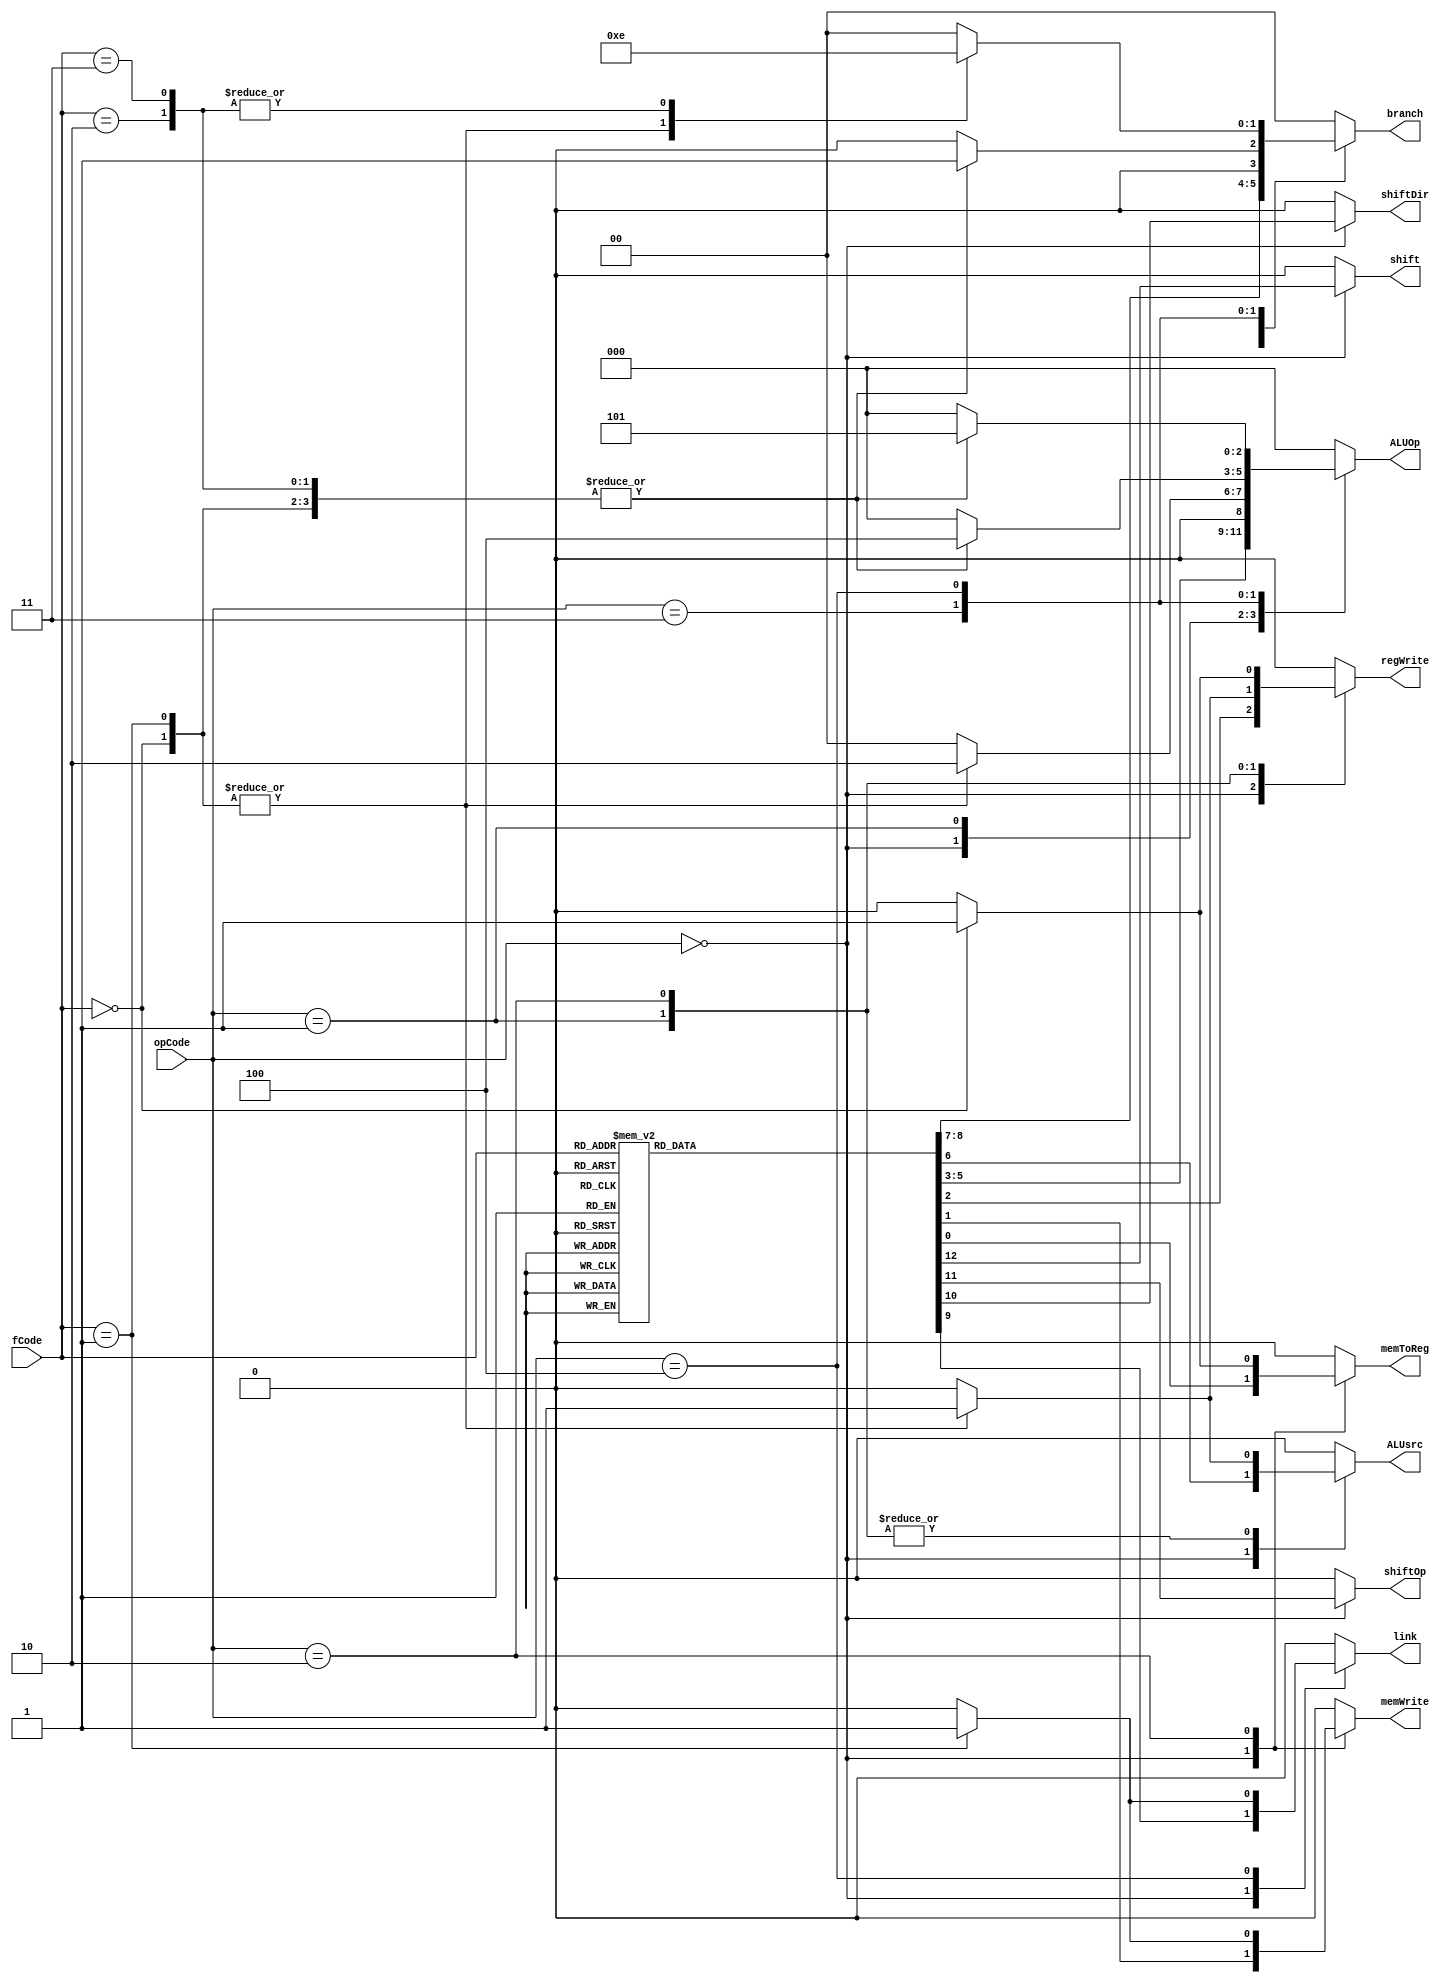
`timescale 1ns / 1ps
//////////////////////////////////////////////////////////////////////////////////
// Company: 
// Engineer: 
// 
// Design Name: 
// Module Name:    ControllerUnit 
// Project Name: 
// Target Devices: 
// Tool versions: 
// Description: 
//
// Dependencies: 
//
// Revision: 
// Revision 0.01 - File Created
// Additional Comments: 
//
//////////////////////////////////////////////////////////////////////////////////

// Control Unit
module ControllerUnit(
    input [3:0] opCode,
    input [3:0] fCode,

    output reg memToReg,
    output reg memWrite,
    output reg regWrite,

    output reg [2:0] ALUOp,
    output reg ALUsrc,

    output reg [1:0] branch ,
    output reg link,
    output reg shiftDir,
    output reg shiftOp,
    output reg shift 
    );

	always @(*)
	begin
		case(opCode)
			4'b0000:	// R - format Instructions
         begin
				case(fCode)
					4'b0000:	// XOR 
						begin 
							  memToReg <= 1'b0;
							  memWrite <= 1'b0;
							  regWrite <= 1'b1;
							  ALUOp <= 3'b001;
							  ALUsrc <= 1'b0;
							  branch <= 2'b00;
							  link <= 1'b0;
							  shiftDir <= 1'b0;
							  shiftOp <= 1'b0;
							  shift <= 1'b0;
						 end
					4'b0001:	// AND
						begin 
							  memToReg <= 1'b0;
							  memWrite <= 1'b0;
							  regWrite <= 1'b1;
							  ALUOp <= 3'b001;
							  ALUsrc <= 1'b0;
							  branch <= 2'b00;
							  link <= 1'b0;
							  shiftDir <= 1'b0;
							  shiftOp <= 1'b0;
							  shift <= 1'b0;
						 end
					4'b0010: // add
						 begin 
							  memToReg <= 1'b0;
							  memWrite <= 1'b0;
							  regWrite  <= 1'b1;
							  ALUOp <= 3'b001;
							  ALUsrc <= 1'b0;
							  branch <= 2'b00;
							  link <= 1'b0;
							  shiftDir <= 1'b0;
							  shiftOp <= 1'b0;
							  shift <= 1'b0;
						 end      
					4'b0011: // comp
						 begin 
							  memToReg <= 1'b0;
							  memWrite <= 1'b0;
							  regWrite <= 1'b1;
							  ALUOp <= 3'b001;
							  ALUsrc <= 1'b0;
							  branch <= 2'b00;
							  link <= 1'b0;
							  shiftDir <= 1'b0;
							  shiftOp <= 1'b0;
							  shift <= 1'b0;
						 end
					4'b0100:    // shll
						 begin 
							  memToReg <= 1'b0;
							  memWrite <= 1'b0;
							  regWrite <= 1'b1;
							  ALUOp <= 3'b011;
							  ALUsrc <= 1'b0;
							  branch <= 2'b00;
							  link <= 1'b0;
							  shiftDir <= 1'b0;
							  shiftOp <= 1'b0;
							  shift <= 1'b1;
						 end
					4'b0101:    // shrl
						begin 
							  memToReg <= 1'b0;
							  memWrite <= 1'b0;
							  regWrite <= 1'b1;
							  ALUOp <= 3'b011;
							  ALUsrc <= 1'b0;
							  branch <= 2'b00;
							  link <= 1'b0;
							  shiftDir <= 1'b1;
							  shiftOp <= 1'b0;
							  shift <= 1'b1;
						 end
					4'b0110:    // shra 
						begin 
							  memToReg <= 1'b0;
							  memWrite <= 1'b0;
							  regWrite  <= 1'b1;
							  ALUOp <= 3'b011;
							  ALUsrc <= 1'b0;
							  branch <= 2'b00;
							  link <= 1'b0;
							  shiftDir <= 1'b1;
							  shiftOp <= 1'b1;
							  shift <= 1'b1;
						 end
					4'b0111: //shllv
						 begin 
							  memToReg <= 1'b0;
							  memWrite <= 1'b0;
							  regWrite <= 1'b1;
							  ALUOp <= 3'b011;
							  ALUsrc <= 1'b0;
							  branch <= 2'b00;
							  link <= 1'b0;
							  shiftDir <= 1'b0;
							  shiftOp <= 1'b0;
							  shift <= 1'b1;
						 end
					4'b1000: // shrlv
						 begin 
							  memToReg <= 1'b0;
							  memWrite <= 1'b0;
							  regWrite <= 1'b1;
							  ALUOp <= 3'b011;
							  ALUsrc <= 1'b0;
							  branch <= 2'b00;
							  link <= 1'b0;
							  shiftDir <= 1'b1;
							  shiftOp <= 1'b0;
							  shift <= 1'b1;
						 end
					4'b1001: // shrav
						 begin 
							  memToReg <= 1'b0;
							  memWrite <= 1'b0;
							  regWrite <= 1'b1;
							  ALUOp <= 3'b011;
							  ALUsrc <= 1'b0;
							  branch <= 2'b00;
							  link <= 1'b0;
							  shiftDir <=1'b1;
							  shiftOp <= 1'b1;
							  shift <= 1'b1;
						 end
					default:   
						 begin 
							  memToReg <= 1'b0;
							  memWrite <= 1'b0;
							  regWrite <= 1'b0;
							  ALUOp <= 3'b000;
							  ALUsrc <= 1'b0;
							  branch <= 2'b00;
							  link <= 1'b0;
							  shiftDir <= 1'b0;
							  shiftOp <= 1'b0; 
							  shift <= 1'b0;
						 end
			   endcase
		   end
                
			4'b0001: // immediate
			begin
				case(fCode) 
					4'b0000:   // addi
						begin 
							memToReg <= 1'b0;
							memWrite <= 1'b0;
							regWrite <= 1'b1;
							ALUOp <= 3'b010;
							ALUsrc <= 1'b1;
							branch <= 2'b00;
							link <= 1'b0;
							shiftDir <= 1'b0;
							shiftOp <= 1'b0;
							shift <= 1'b0;
                        end
					4'b0001: //compi
						begin 
							memToReg <= 1'b0;
							memWrite <= 1'b0;
							regWrite <= 1'b1;
							ALUOp <= 3'b010;
							ALUsrc <= 1'b1;
							branch <= 2'b00;
							link <= 1'b0;
							shiftDir <= 1'b0;
							shiftOp <= 1'b0;
							shift <= 1'b0;
						end
					default:    
						begin 
							memToReg <= 1'b0;
							memWrite <= 1'b0;
							regWrite  <=1'b0;
							ALUOp <= 3'b000;
							ALUsrc <= 1'b0;
							branch <= 2'b00;
							link <= 1'b0;
							shiftDir <= 1'b0;
							shiftOp <= 1'b0; 
							shift <= 1'b0;
						end
				endcase
			end
			4'b0010: // load / store memeory instructions
			begin 
				case(fCode)
					2'b00: // lw
					  begin 
							memToReg <= 1'b1;
							memWrite <= 1'b0;
							regWrite <= 1'b1; 
							ALUOp <= 3'b000;
							ALUsrc <= 1'b1;
							branch <= 2'b00;
							link <= 1'b0;
							shiftDir <= 1'b0;
							shiftOp <= 1'b0;
							shift <= 1'b0;
					  end
					2'b01: //sw
						begin 
							memToReg <= 1'b0;
							memWrite <= 1'b1;
							regWrite <= 1'b0;
							ALUOp <= 3'b000;
							ALUsrc <= 1'b1;
							branch <= 2'b00;
							link <= 1'b0;
							shiftDir <=1'b0;
							shiftOp <= 1'b0;
							shift <= 1'b0;
						end
					default:    
						begin
							memToReg <= 1'b0;
							memWrite <= 1'b0;
							regWrite <= 1'b0;
							ALUOp <= 3'b000;
							ALUsrc <= 1'b0;
							branch <= 2'b00;
							link <= 1'b0;
							shiftDir <= 1'b0;
							shiftOp <= 1'b0; 
							shift <= 1'b0;
						end		
				 endcase
			end
			4'b0011: //branch with registers
			begin
				case(fCode)
						4'b0000: // br 
							begin 
								memToReg <= 1'b0;
								memWrite <= 1'b0;
								regWrite <= 1'b0;
								ALUOp <= 3'b100;
								ALUsrc <= 1'b0;
								branch <= 2'b01;
								link <= 1'b0;
								shiftDir <= 1'b0;
								shiftOp <= 1'b0;
								shift <= 1'b0;
						  end
						4'b0001: //bltz
							begin 
								memToReg <= 1'b0;
								memWrite <= 1'b0;
								regWrite <= 1'b0;
								ALUOp <= 3'b100;
								ALUsrc <= 1'b0;
								branch <= 2'b01;
								link <= 1'b0;
								shiftDir <= 1'b0;
								shiftOp <= 1'b0;
								shift <= 1'b0;
							end
						4'b0010: //bz
							begin 
								memToReg <= 1'b0;
								memWrite <= 1'b0;
								regWrite <= 1'b0;
								ALUOp <= 3'b100;
								ALUsrc <= 1'b0;
								branch <= 2'b01;
								link <= 1'b0;
								shiftDir <= 1'b0;
								shiftOp <= 1'b0;
								shift <= 1'b0;
							end
						4'b0011: //bnz
							begin 
								memToReg <= 1'b0;
								memWrite <= 1'b0;
								regWrite <= 1'b0;
								ALUOp <= 3'b100;
								ALUsrc <= 1'b0;
								branch <= 2'b01;
								link <= 1'b0;
								shiftDir <= 1'b0;
								shiftOp <= 1'b0;
								shift <= 1'b0;
							end
						default:    
							begin 
								memToReg <= 1'b0;
								memWrite <= 1'b0;
								regWrite  <=1'b0;
								ALUOp <= 3'b000;
								ALUsrc <= 1'b0;
								branch <= 2'b00;
								link <= 1'b0;
								shiftDir <= 1'b0;
								shiftOp <= 1'b0; 
								shift <= 1'b0;
							end		
				 endcase
			end
			4'b0100: // branch without registers
			begin
				case(fCode)
					4'b0000: // b
						begin 
							memToReg <= 1'b0;
							memWrite <= 1'b0;
							regWrite <= 1'b0;
							ALUOp <= 3'b101;
							ALUsrc <= 1'b0;
							branch <= 2'b11;
							link <= 1'b0;
							shiftDir <= 1'b0;
							shiftOp <= 1'b0;
							shift <= 1'b0;
						end
					4'b0001: //bl
						begin 
							memToReg <= 1'b0;
							memWrite <= 1'b0;
							regWrite <= 1'b0;
							ALUOp <= 3'b101;
							ALUsrc <= 1'b0;
							branch <= 2'b11;
							link <= 1'b1;
							shiftDir <= 1'b0;
							shiftOp <= 1'b0;
							shift <= 1'b0;
						end
					4'b0010: //bcy
						begin 
							memToReg <= 1'b0;
							memWrite <= 1'b0;
							regWrite <= 1'b0;
							ALUOp <= 3'b101;
							ALUsrc <= 1'b0;
							branch <= 2'b10;
							link <= 1'b0;
							shiftDir <= 1'b0;
							shiftOp <= 1'b0;
							shift <= 1'b0;
						end
					4'b0011: //bncy
						begin 
							memToReg <= 1'b0;
							memWrite <= 1'b0;
							regWrite <= 1'b0;
							ALUOp <= 3'b101;
							ALUsrc <= 1'b0;
							branch <= 2'b10;
							link <= 1'b0;
							shiftDir <=1'b0;
							shiftOp <= 1'b0;
							shift <= 1'b0;
						end
					default:    
						begin 
							memToReg <= 1'b0;
							memWrite <= 1'b0;
							regWrite  <=1'b0;
							ALUOp <= 3'b000;
							ALUsrc <= 1'b0;
							branch <= 2'b00;
							link <= 1'b0;
							shiftDir <= 1'b0;
							shiftOp <= 1'b0; 
							shift <= 1'b0;
						end	
				endcase
			end
			default:    
			begin 
				memToReg <= 1'b0;
				memWrite <= 1'b0;
				regWrite  <=1'b0;
				ALUOp <= 3'b000;
				ALUsrc <= 1'b0;
				branch <= 2'b00;
				link <= 1'b0;
				shiftDir <= 1'b0;
				shiftOp <= 1'b0; 
				shift <= 1'b0;
			end
		endcase					
	end

endmodule